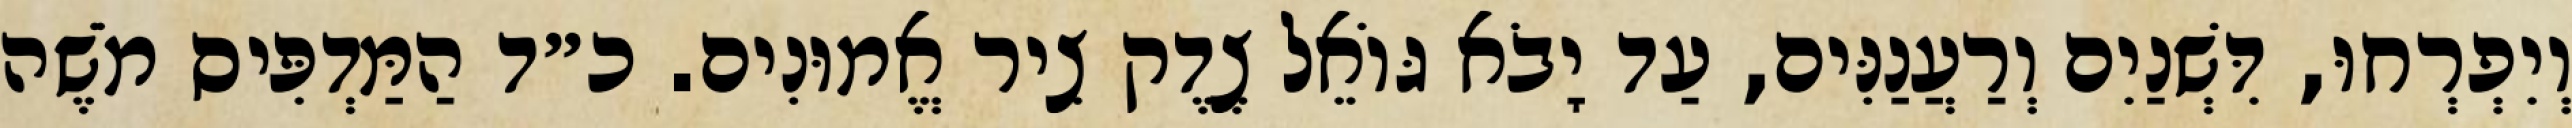
וְיִפְרְחוּ, דִּשְׁנַיִם וְרַעֲנַנִּים, עַד יָבֹא גּוֹאֵל צֶדֶק צִיר אֱמוּנִים. כ״ד הַמַּדְפִּיס מֹשֶׁה